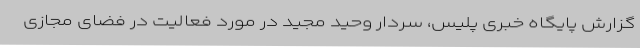
گزارش پایگاه خبری پلیس، سردار وحید مجید در مورد فعالیت در فضای مجازی